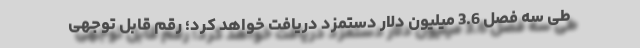
طی سه فصل 3.6 میلیون دلار دستمزد دریافت خواهد کرد؛ رقم قابل توجهی